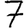
Digit: 7